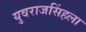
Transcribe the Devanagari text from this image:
युवराजसिंहला